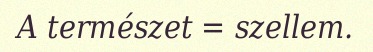
A természet = szellem.